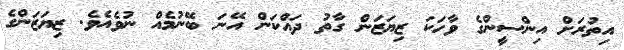
އިތުރަށް އިންސީންގެ ވާހަކަ ޒިޔަޒަން ގާތު ދައްކަން އޭނަ ބޭނުމެއް ނުވެއެވެ. ޒިޔަޒަންގެ